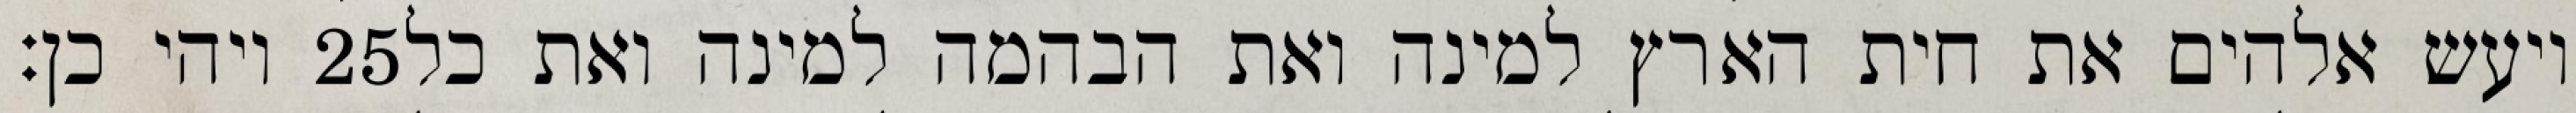
ויהי כן׃ ‎25‏ ויעש אלהים את חית הארץ למינה ואת הבהמה למינה ואת כל